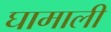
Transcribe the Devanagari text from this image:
घामाली